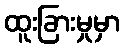
ထူးခြားမှုမှာ